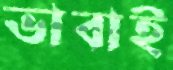
ভাবাই